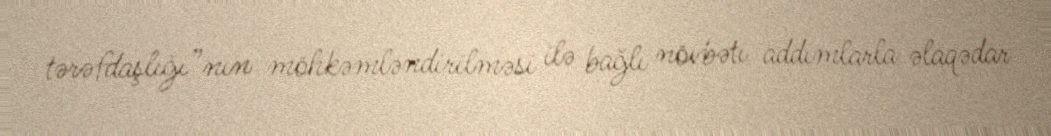
tərəfdaşlığı”nın möhkəmləndirilməsi ilə bağlı növbəti addımlarla əlaqədar